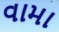
વામા